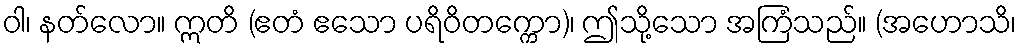
ဝါ၊ နတ်လော။ ဣတိ (ဧတံ ဧသော ပရိဝိတက္ကော)၊ ဤသို့သော အကြံသည်။ (အဟောသိ၊